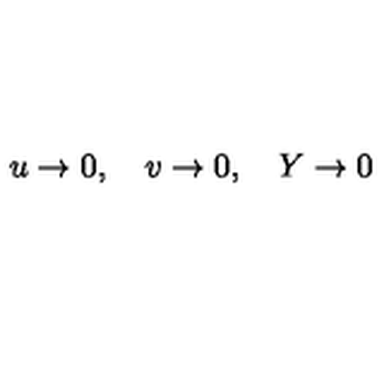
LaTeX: u \rightarrow 0 , \quad v \rightarrow 0 , \quad Y \rightarrow 0